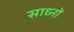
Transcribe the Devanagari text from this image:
साध्नों